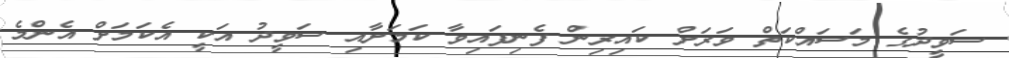
ސަވީދުގެ މަސައްކަތް ވަރަށް ކައިރިން ފެނިފައިވާ ކަމަށާއި ސަވީދު އަކީ އެކަމަށް އެންމެ